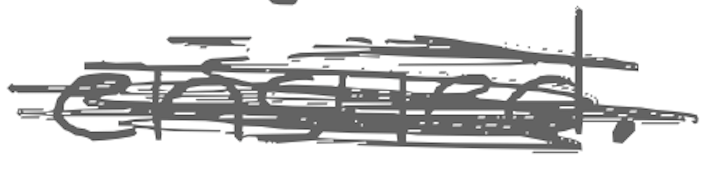
Text: ensued.
Cross-out: scratch
Writing tool: digital_gray